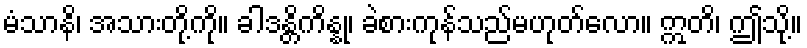
မံသာနိ၊ အသားတို့ကို။ ခါဒန္တိကိန္နု၊ ခဲစားကုန်သည်မဟုတ်လော။ ဣတိ၊ ဤသို့။